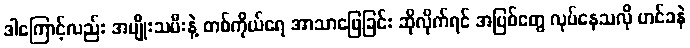
ဒါကြောင့်လည်း အမျိုးသမီးနဲ့ တစ်ကိုယ်ရေ အာသာဖြေခြင်း ဆိုလိုက်ရင် အပြစ်တွေ လုပ်နေသလို ဟင်ခနဲ